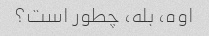
اوه، بله، چطور است؟